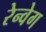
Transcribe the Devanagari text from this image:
रेन्वेग